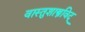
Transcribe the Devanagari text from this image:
वास्तुशास्त्रविद्